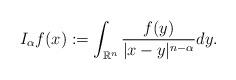
LaTeX: \begin{align*} I_{\alpha}f(x):=\int_{\mathbb{R}^{n}}\frac{f(y)}{|x-y|^{n-\alpha}}dy. \end{align*}